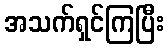
အသက်ရှင်ကြပြီး